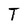
Character: T